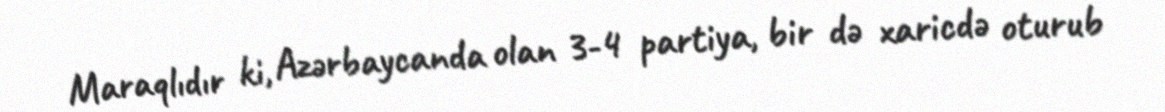
Maraqlıdır ki, Azərbaycanda olan 3-4 partiya, bir də xaricdə oturub